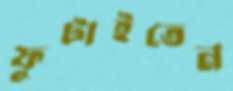
ফুটাইতেন